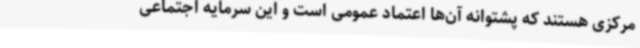
مرکزی هستند که پشتوانه آن‌ها اعتماد عمومی است و این سرمایه اجتماعی